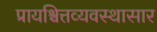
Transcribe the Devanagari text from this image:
प्रायश्चित्तव्यवस्थासार